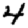
Digit: 4